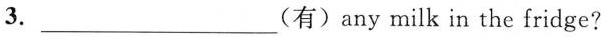
3.___(有)any milk in the fridge?